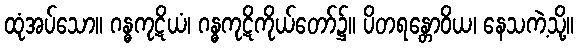
ထုံအပ်သော။ ဂန္ဓကုဋိယံ၊ ဂန္ဓကုဋိကိုယ်တော်၌။ ပိတရန္တောဝိယ၊ နေသကဲ့သို့။